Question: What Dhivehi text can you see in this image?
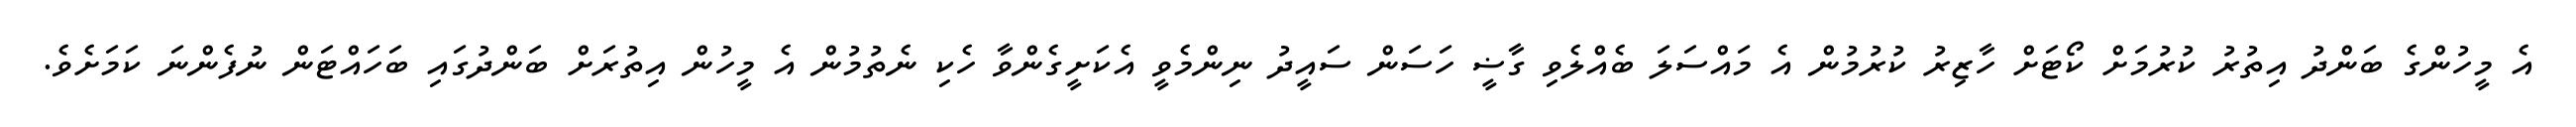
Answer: އެ މީހުންގެ ބަންދު އިތުރު ކުރުމަށް ކޯޓަށް ހާޒިރު ކުރުމުން އެ މައްސަލަ ބެއްލެވި ގާޟީ ހަސަން ސައީދު ނިންމެވީ އެކަށީގެންވާ ހެކި ނެތުމުން އެ މީހުން އިތުރަށް ބަންދުގައި ބަހައްޓަން ނުފެންނަ ކަމަށެވެ.